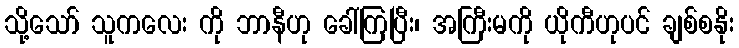
သို့သော် သူကလေး ကို ဘာနီဟု ခေါ်ကြပြီး၊ အကြီးမကို ယိုကီဟုပင် ချစ်စနိုး